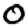
Digit: 0